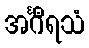
အင်္ဂီရသံ